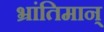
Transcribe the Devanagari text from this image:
भ्रांतिमान्